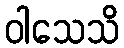
ဝါသေသိ